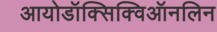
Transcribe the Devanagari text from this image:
आयोडॉक्सिक्विऑनलिन